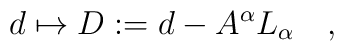
d\mapsto D:= d- A^\alpha L_\alpha\quad,